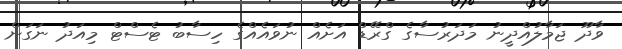
ވާދޫ ޖަމާލުއްދީނު މަދަރުސާގެ ގްރޭޑް އަށެއް ނުވައެއްގެ ހިސާބު ޓެސްޓް މިއަދު ނަގަން